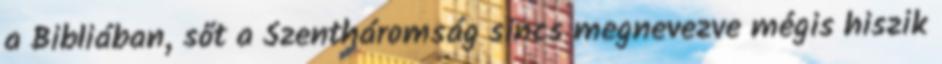
a Bibliában, sőt a Szentháromság sincs megnevezve mégis hiszik